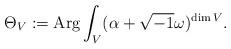
LaTeX: \begin{align*}\Theta_{V} := {\rm Arg} \int_{V} (\alpha+\sqrt{-1}\omega)^{\dim V}.\end{align*}